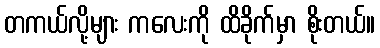
တကယ်လို့များ ကလေးကို ထိခိုက်မှာ စိုးတယ်။